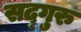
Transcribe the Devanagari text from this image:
सद्‍गुरु